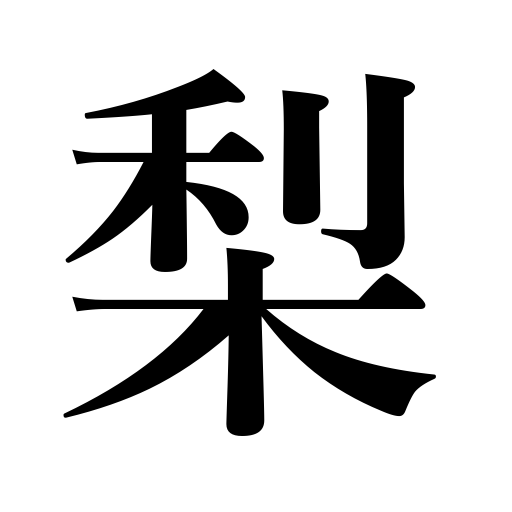
Meanings: pear tree,pear